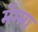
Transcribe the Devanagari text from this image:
मॅग्मा